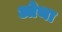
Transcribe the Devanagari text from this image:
ओथा